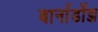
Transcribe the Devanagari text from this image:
बार्नार्डोझ